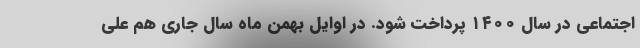
اجتماعی در سال ۱۴۰۰ پرداخت شود. در اوایل بهمن ماه سال جاری هم علی